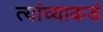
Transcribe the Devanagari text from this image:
त्यांच्याकडं